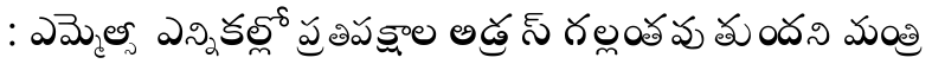
: ఎమ్మెల్సీ ఎన్నికల్లో ప్రతిపక్షాల అడ్రస్ గల్లంతవుతుందని మంత్రి